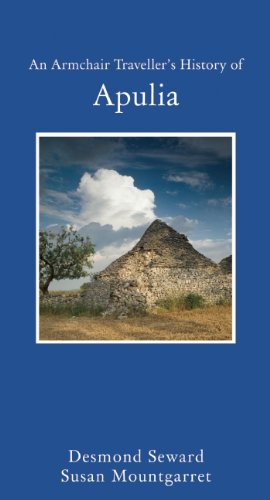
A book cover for An Armchair Traveller's History of Apulia (Haus Publishing - Armchair Traveler's History); Desmond Seaward; Travel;